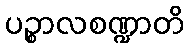
ပဉ္စာလစဏ္ဍာတိ